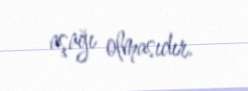
aşağı olmasıdır.